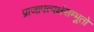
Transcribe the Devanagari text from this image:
प्राजापत्यर्क्षसम्भूतो